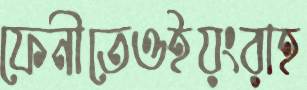
ফেনীতেওইয়ংরাহ